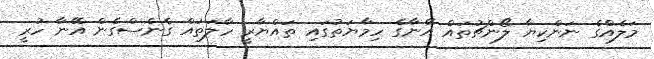
މަލެއްގެ ނަންކިޔާ ލޯންޗުތައް އޭނާގެ ހިމާޔަތުގައި ތައްޔާރީ ހާލަތައް ގެނެސްގެން އޭނާ ހުރީ